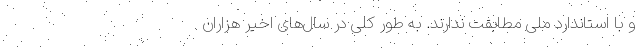
و با استاندارد ملی مطابقت ندارند. به طور کلی در سال‌های اخیر هزاران